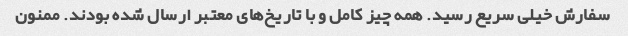
سفارش خیلی سریع رسید. همه چیز کامل و با تاریخ‌های معتبر ارسال شده بودند. ممنون